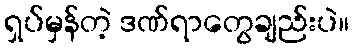
ရှပ်မှန်တဲ့ ဒဏ်ရာတွေချည်းပဲ။